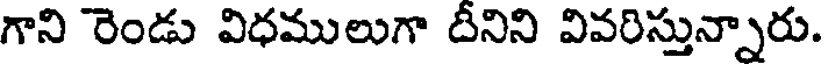
గాని రెండు విధములుగా దీనిని వివరిస్తున్నారు.